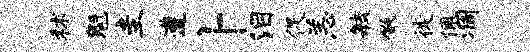
秫魁圭遭卜泪促恙敏儆徙佩凋